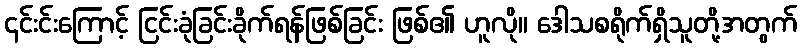
၎င်းင်းကြောင့် ငြင်းခုံခြင်းခိုက်ရန်ဖြစ်ခြင်း ဖြစ်၏ ဟူလို။ ဒေါသစရိုက်ရှိသူတို့အတွက်